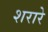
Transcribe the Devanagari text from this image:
शरारे